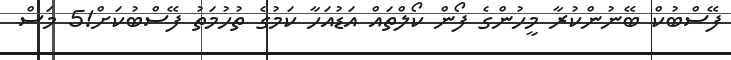
ފޭސްބުކް ބޭނުންކުރާ މީހުންގެ ފޯން ކޯލްތައް އަޑުއަހާ ކަމުގެ ތުހުމަތު ފޭސްބުކަށް!5 މަސް